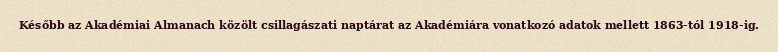
Később az Akadémiai Almanach közölt csillagászati naptárat az Akadémiára vonatkozó adatok mellett 1863-tól 1918-ig.